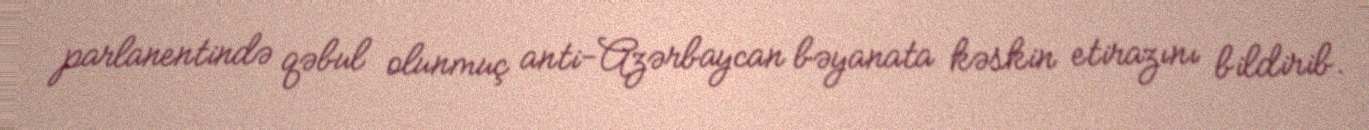
parlanentində qəbul olunmuç anti-Azərbaycan bəyanata kəskin etirazını bildirib.